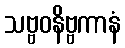
သဗ္ဗဝနိဗ္ဗကာနံ